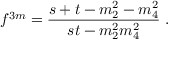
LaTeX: f ^ { 3 m } = \frac { s + t - m _ { 2 } ^ { 2 } - m _ { 4 } ^ { 2 } } { s t - m _ { 2 } ^ { 2 } m _ { 4 } ^ { 2 } } ~ .